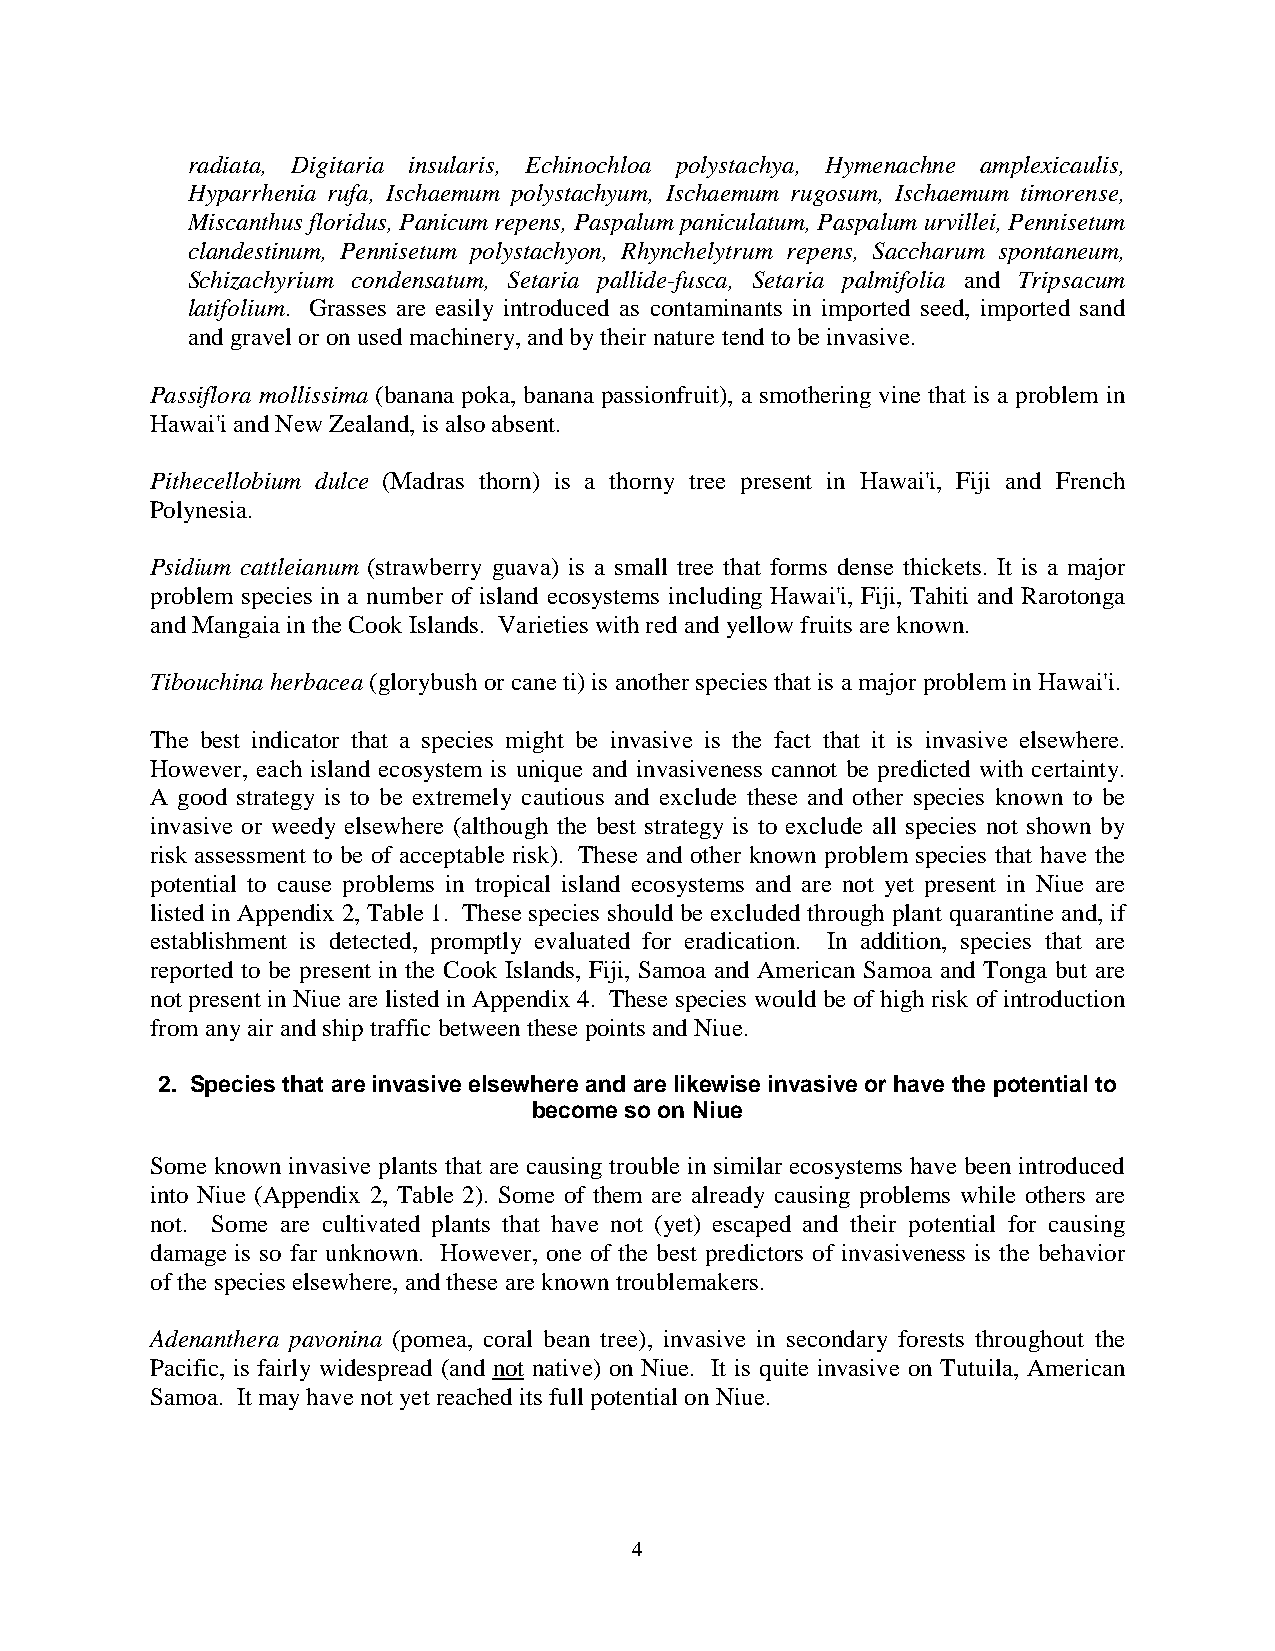
radiata, Digitaria insularis, Echinochloa polystachya, Hymenachne amplexicaulis,
 Hyparrhenia rufa, Ischaemum polystachyum, Ischaemum rugosum, Ischaemum timorense,
 Miscanthus floridus, Panicum repens, Paspalum paniculatum, Paspalum urvillei, Pennisetum
 clandestinum, Pennisetum polystachyon, Rhynchelytrum repens, Saccharum spontaneum,
 Schizachyrium condensatum, Setaria pallide-fusca, Setaria palmifolia and Tripsacum
 latifolium. Grasses are easily introduced as contaminants in imported seed, imported sand
 and gravel or on used machinery, and by their nature tend to be invasive.
 Passiflora mollissima (banana poka, banana passionfruit), a smothering vine that is a problem in
 Hawai'i and New Zealand, is also absent.
 Pithecellobium dulce (Madras thorn) is a thorny tree present in Hawai'i, Fiji and French
 Polynesia.
 Psidium cattleianum (strawberry guava) is a small tree that forms dense thickets. It is a major
 problem species in a number of island ecosystems including Hawai'i, Fiji, Tahiti and Rarotonga
 and Mangaia in the Cook Islands. Varieties with red and yellow fruits are known.
 Tibouchina herbacea (glorybush or cane ti) is another species that is a major problem in Hawai'i.
 The best indicator that a species might be invasive is the fact that it is invasive elsewhere.
 However, each island ecosystem is unique and invasiveness cannot be predicted with certainty.
 A good strategy is to be extremely cautious and exclude these and other species known to be
 invasive or weedy elsewhere (although the best strategy is to exclude all species not shown by
 risk assessment to be of acceptable risk). These and other known problem species that have the
 potential to cause problems in tropical island ecosystems and are not yet present in Niue are
 listed in Appendix 2, Table 1. These species should be excluded through plant quarantine and, if
 establishment is detected, promptly evaluated for eradication. In addition, species that are
 reported to be present in the Cook Islands, Fiji, Samoa and American Samoa and Tonga but are
 not present in Niue are listed in Appendix 4. These species would be of high risk of introduction
 from any air and ship traffic between these points and Niue.
 2. Species that are invasive elsewhere and are likewise invasive or have the potential to
 become so on Niue
 Some known invasive plants that are causing trouble in similar ecosystems have been introduced
 into Niue (Appendix 2, Table 2). Some of them are already causing problems while others are
 not. Some are cultivated plants that have not (yet) escaped and their potential for causing
 damage is so far unknown. However, one of the best predictors of invasiveness is the behavior
 of the species elsewhere, and these are known troublemakers.
 Adenanthera pavonina (pomea, coral bean tree), invasive in secondary forests throughout the
 Pacific, is fairly widespread (and not native) on Niue. It is quite invasive on Tutuila, American
 Samoa. It may have not yet reached its full potential on Niue.
 4